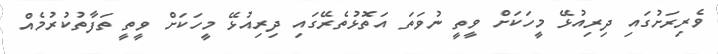
ވެރިރަށުގައި ދިރިއުޅޭ މީހަކަށް ވީތީ ނުވަތަ އަތޮޅުތެރޭގައި ދިރިއުޅޭ މީހަކަށް ވީތީ ތަފާތުކުރުމެއް